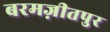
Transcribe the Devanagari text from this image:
बरमज़ीतपुर